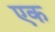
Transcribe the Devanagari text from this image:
एक